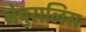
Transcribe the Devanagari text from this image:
नेचुरालिस